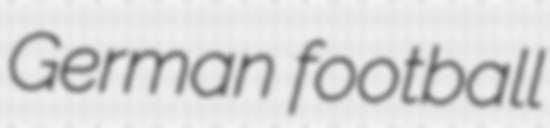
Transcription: German football